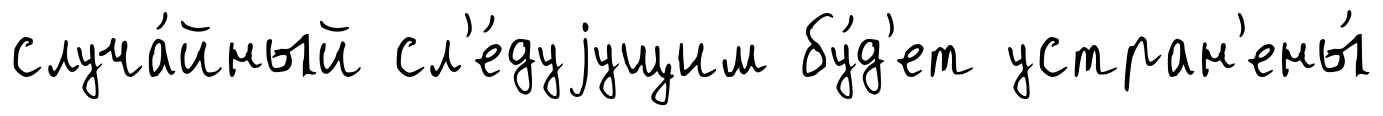
случа́йный сл'е́дуjущим бу́д'ет устран'ены́